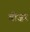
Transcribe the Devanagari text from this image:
बीज़र